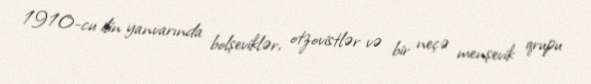
1910-cu ilin yanvarında bolşeviklər, otzovistlər və bir neçə menşevik qrupu